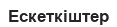
Ескеткіштер